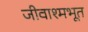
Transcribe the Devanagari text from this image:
जीवाश्मभूत